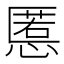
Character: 慝